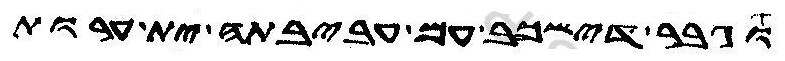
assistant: וגבר דישכב עם עביבתה ית ערות